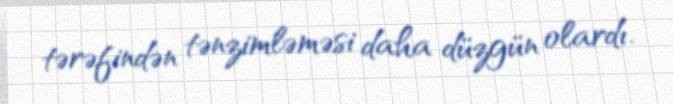
tərəfindən tənzimləməsi daha düzgün olardı.